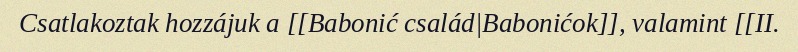
Csatlakoztak hozzájuk a [[Babonić család|Babonićok]], valamint [[II.